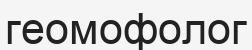
геомофолог